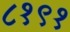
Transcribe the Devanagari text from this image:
८१९१